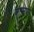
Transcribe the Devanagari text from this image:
अंगमपोर